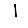
Digit: 1